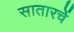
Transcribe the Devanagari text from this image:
सातारचें